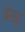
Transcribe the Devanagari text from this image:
ओसूर्